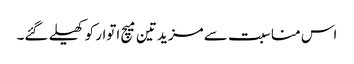
اس مناسبت سے مزید تین میچ اتوار کو کھیلے گئے۔